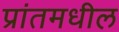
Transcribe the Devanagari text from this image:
प्रांतमधील